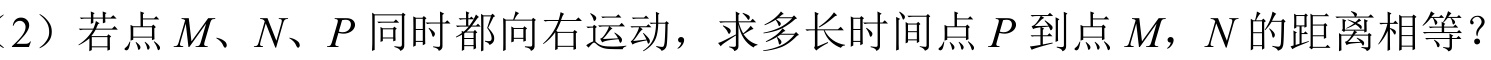
（2）若点\(M\)、\(N\)、\(P\)同时都向右运动，求多长时间点\(P\)到点\(M\)，\(N\)的距离相等？